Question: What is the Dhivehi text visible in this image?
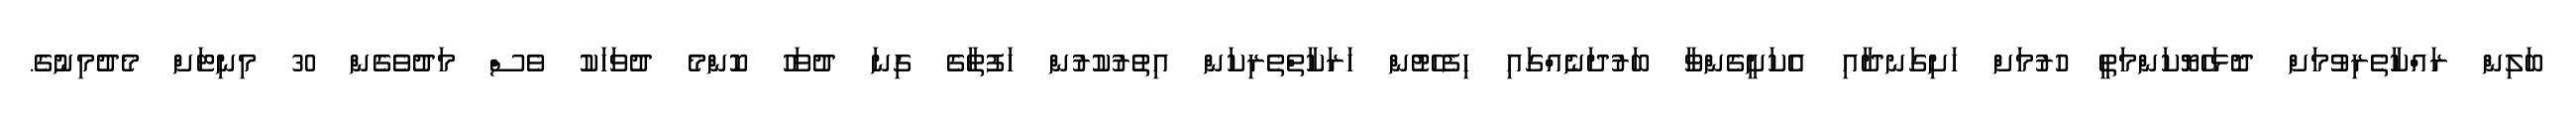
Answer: ބަލިން ރައްކާތެރިވުމަށް ދޮޅަހެޔޮކަންމަތީ ހުރުމަށް ހަށިގަނދާއި އެކަށީގެންވާ ބަރުދަނެއްގައި ހިފެހެޓުން ހަރަކާތްތެރިކަން އިތުރުކުރުން ހަފުތާގެ ގިނަ ދުވަހު ކޮންމެ ދުވަހަކު ވެސް މަދުވެގެން 30 މިނިޓަށް މެދުމިނުގެ.